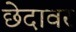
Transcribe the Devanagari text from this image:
छेदावर